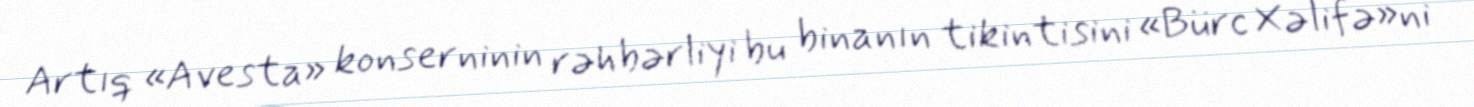
Artıq «Avesta» konserninin rəhbərliyi bu binanın tikintisini «Bürc Xəlifə»ni